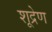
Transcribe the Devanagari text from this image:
शूद्रेण